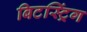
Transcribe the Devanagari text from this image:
बिटस्ट्रिंग